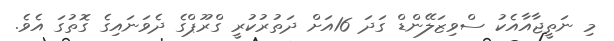
މި ނަތީޖާއާއެކު ސްވިޒަލޭންޑް ގަދަ 16އަށް ދަތުރުކުރީ ގްރޫޕްގެ ދެވަނައިގެ ގޮތުގަ އެވެ.